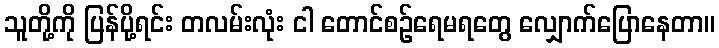
သူတို့ကို ပြန်ပို့ရင်း တလမ်းလုံး ငါ တောင်စဉ်ရေမရတွေ လျှောက်ပြောနေတာ။